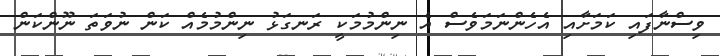
ވިސްނާފައި ކަމަށާއި އެހެންނަމަވެސް އެ ނިންމުމަކީ ރަނގަޅު ނިންމުމެއް ކަން ނުވަތަ ނޫންކަން